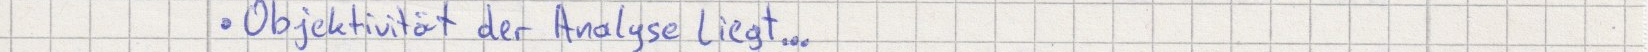
Objektivität der Analyse liegt...